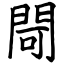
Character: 閜